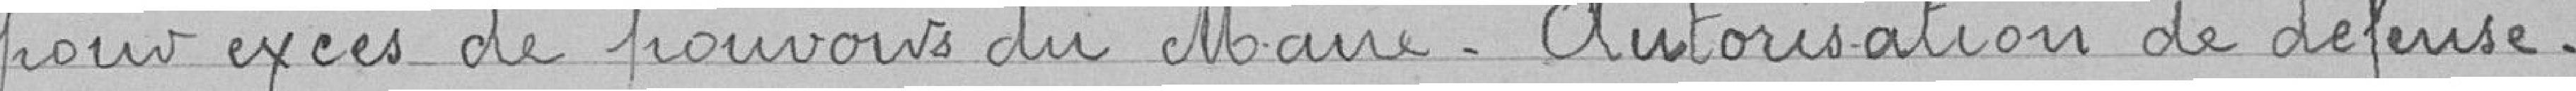
pour excès de pouvoirs du maire. Autorisation de défense.